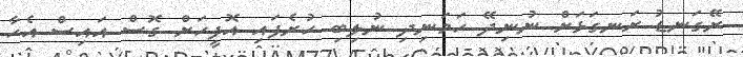
ރޭގަނޑު ރަނގަޅަށް ނުނިދޭ ހަމަނިދި ނުލިބި ހުރެފައި އޮފީހަށް ގޮސް އައިސް އެހާ